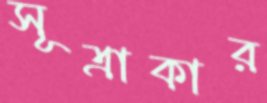
সূত্রাকার